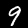
Digit: 9